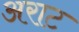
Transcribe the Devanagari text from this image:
अराट